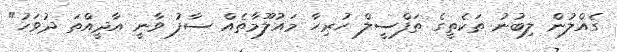
ގެއްލުން ލިބުނު ތަކެތީގެ ތަފްސީލް ހުރިހާ މައުލޫމާތެއް ސާފު ވާނީ އާދީއްތަ ދުވަހު"